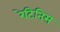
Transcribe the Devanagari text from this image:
रेटिनिस